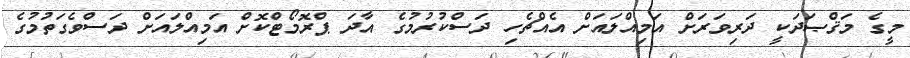
މީގެ މަޤްޞަދަކީ ދަރިވަރަށް އަމިއްލައަށް އެއްޗެހި ދަސްކުރުމުގެ އާދަ ޕްރޮމޯޓްކޮށް އަމިއްލައަށް ދަސްވެގަތުމުގެ